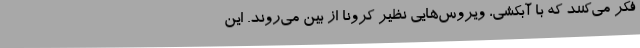
فکر می‌کنند که با آبکشی، ویروس‌هایی نظیر کرونا از بین می‌روند. این